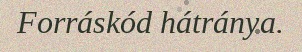
Forráskód hátránya.